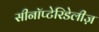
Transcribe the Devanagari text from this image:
सीनॉप्टेरिडेलीज़